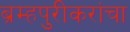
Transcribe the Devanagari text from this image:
ब्रम्हपुरीकरांचा